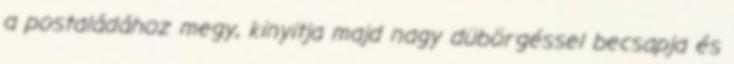
a postaládához megy, kinyitja majd nagy dübörgéssel becsapja és